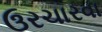
ઉરચારવા